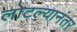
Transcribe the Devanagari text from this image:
लोटल्‍यानंतर